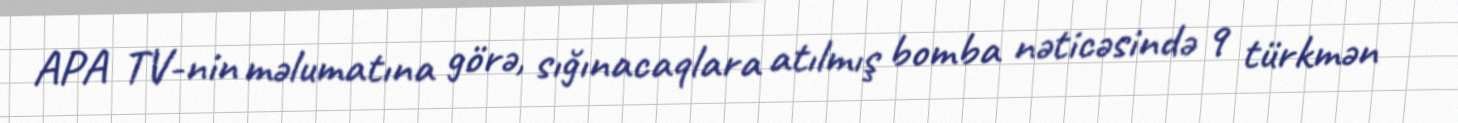
APA TV-nin məlumatına görə, sığınacaqlara atılmış bomba nəticəsində 9 türkmən